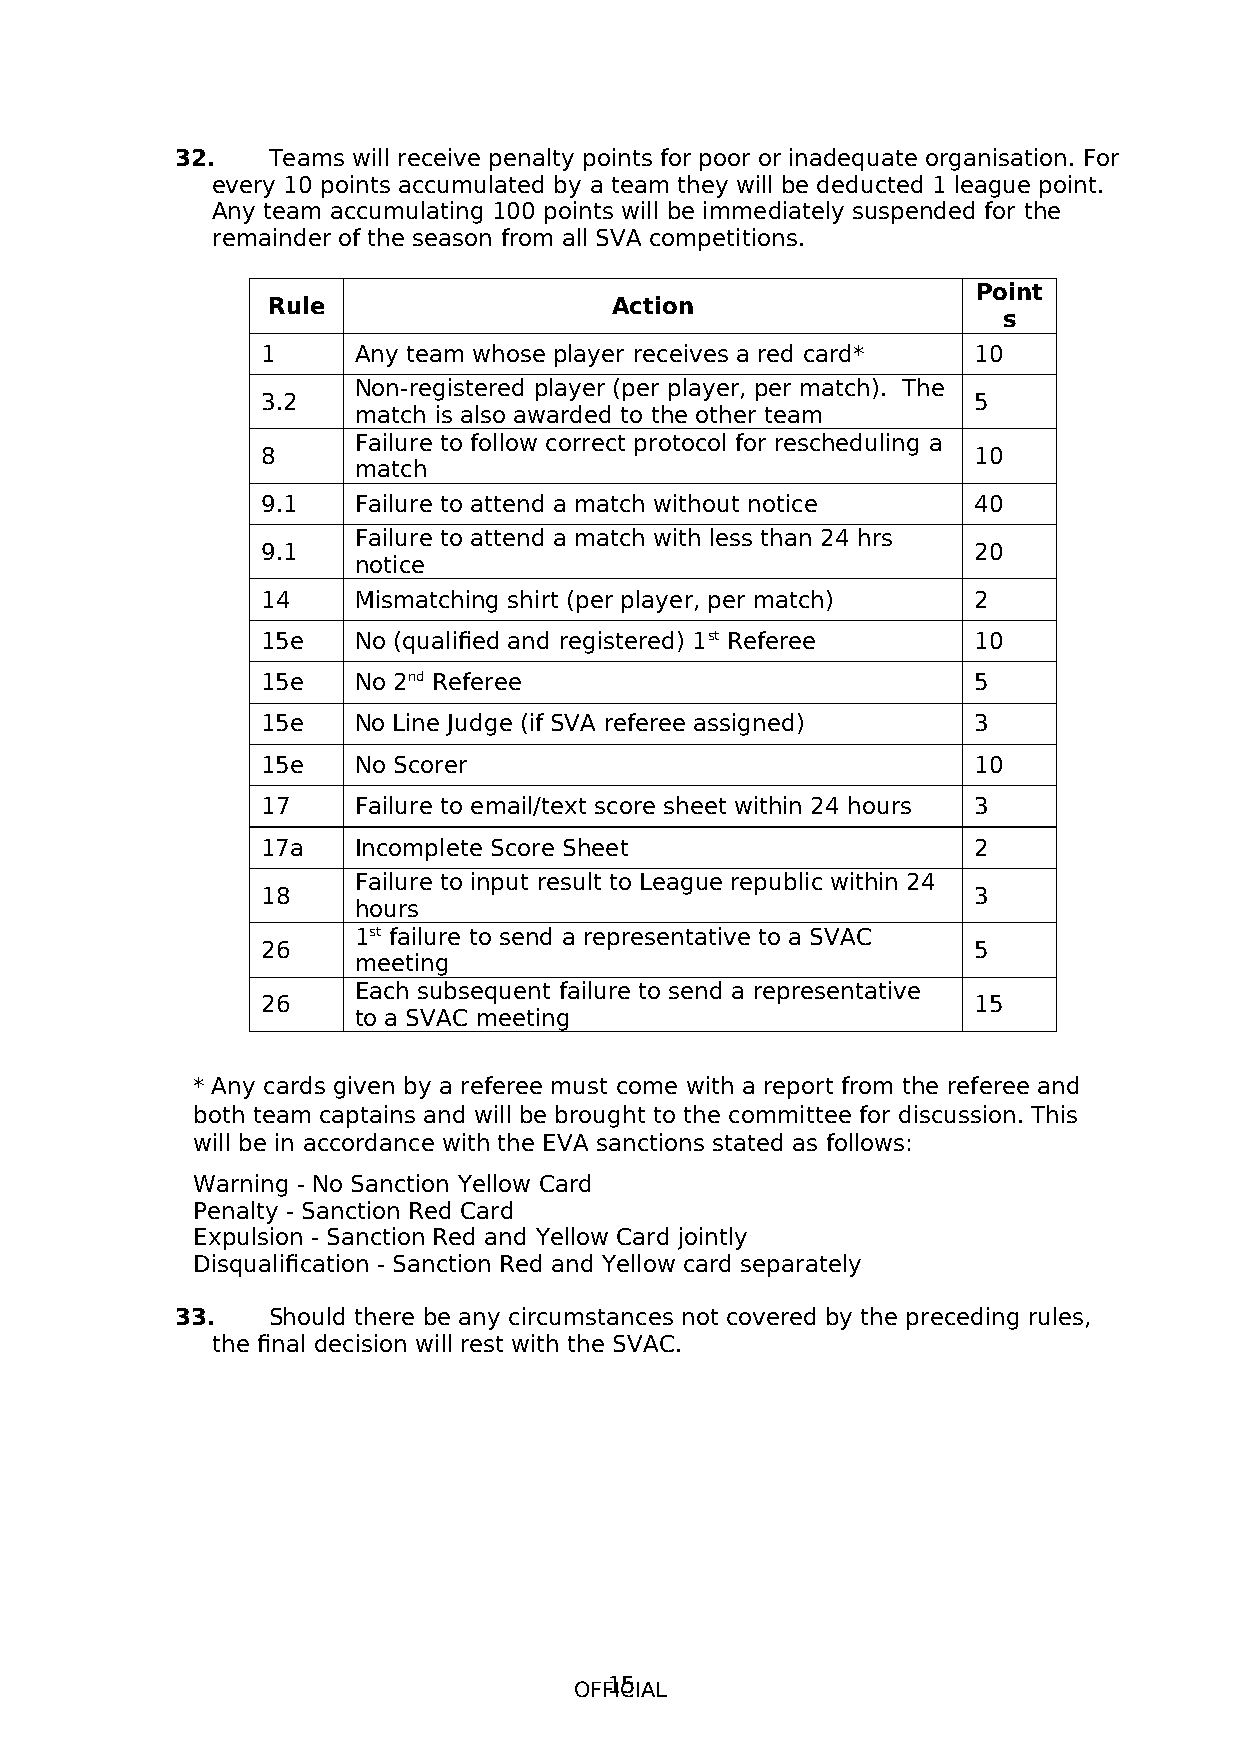
32.   Teams will receive penalty points for poor or inadequate organisation. For
 every 10 points accumulated by a team they will be deducted 1 league point.
 Any team accumulating 100 points will be immediately suspended for the
 remainder of the season from all SVA competitions.
 Point
 Rule                  Action
 s
 1     Any team whose player receives a red card* 10
 Non-registered player (per player, per match). The
 3.2                                            5
 match is also awarded to the other team
 Failure to follow correct protocol for rescheduling a
 8                                              10
 match
 9.1   Failure to attend a match without notice 40
 Failure to attend a match with less than 24 hrs
 9.1                                            20
 notice
 14    Mismatching shirt (per player, per match) 2
 15e   No (qualified and registered) 1st Referee 10
 15e   No 2nd Referee                           5
 15e   No Line Judge (if SVA referee assigned)  3
 15e   No Scorer                                10
 17    Failure to email/text score sheet within 24 hours 3
 17a   Incomplete Score Sheet                   2
 Failure to input result to League republic within 24
 18                                             3
 hours
 1st failure to send a representative to a SVAC
 26                                             5
 meeting
 Each subsequent failure to send a representative
 26                                             15
 to a SVAC meeting
 * Any cards given by a referee must come with a report from the referee and
 both team captains and will be brought to the committee for discussion. This
 will be in accordance with the EVA sanctions stated as follows:
 Warning - No Sanction Yellow Card
 Penalty - Sanction Red Card
 Expulsion - Sanction Red and Yellow Card jointly
 Disqualification - Sanction Red and Yellow card separately
 33.   Should there be any circumstances not covered by the preceding rules,
 the final decision will rest with the SVAC.
 OFF1IC5IAL